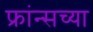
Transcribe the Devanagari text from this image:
फ्रांन्सच्या